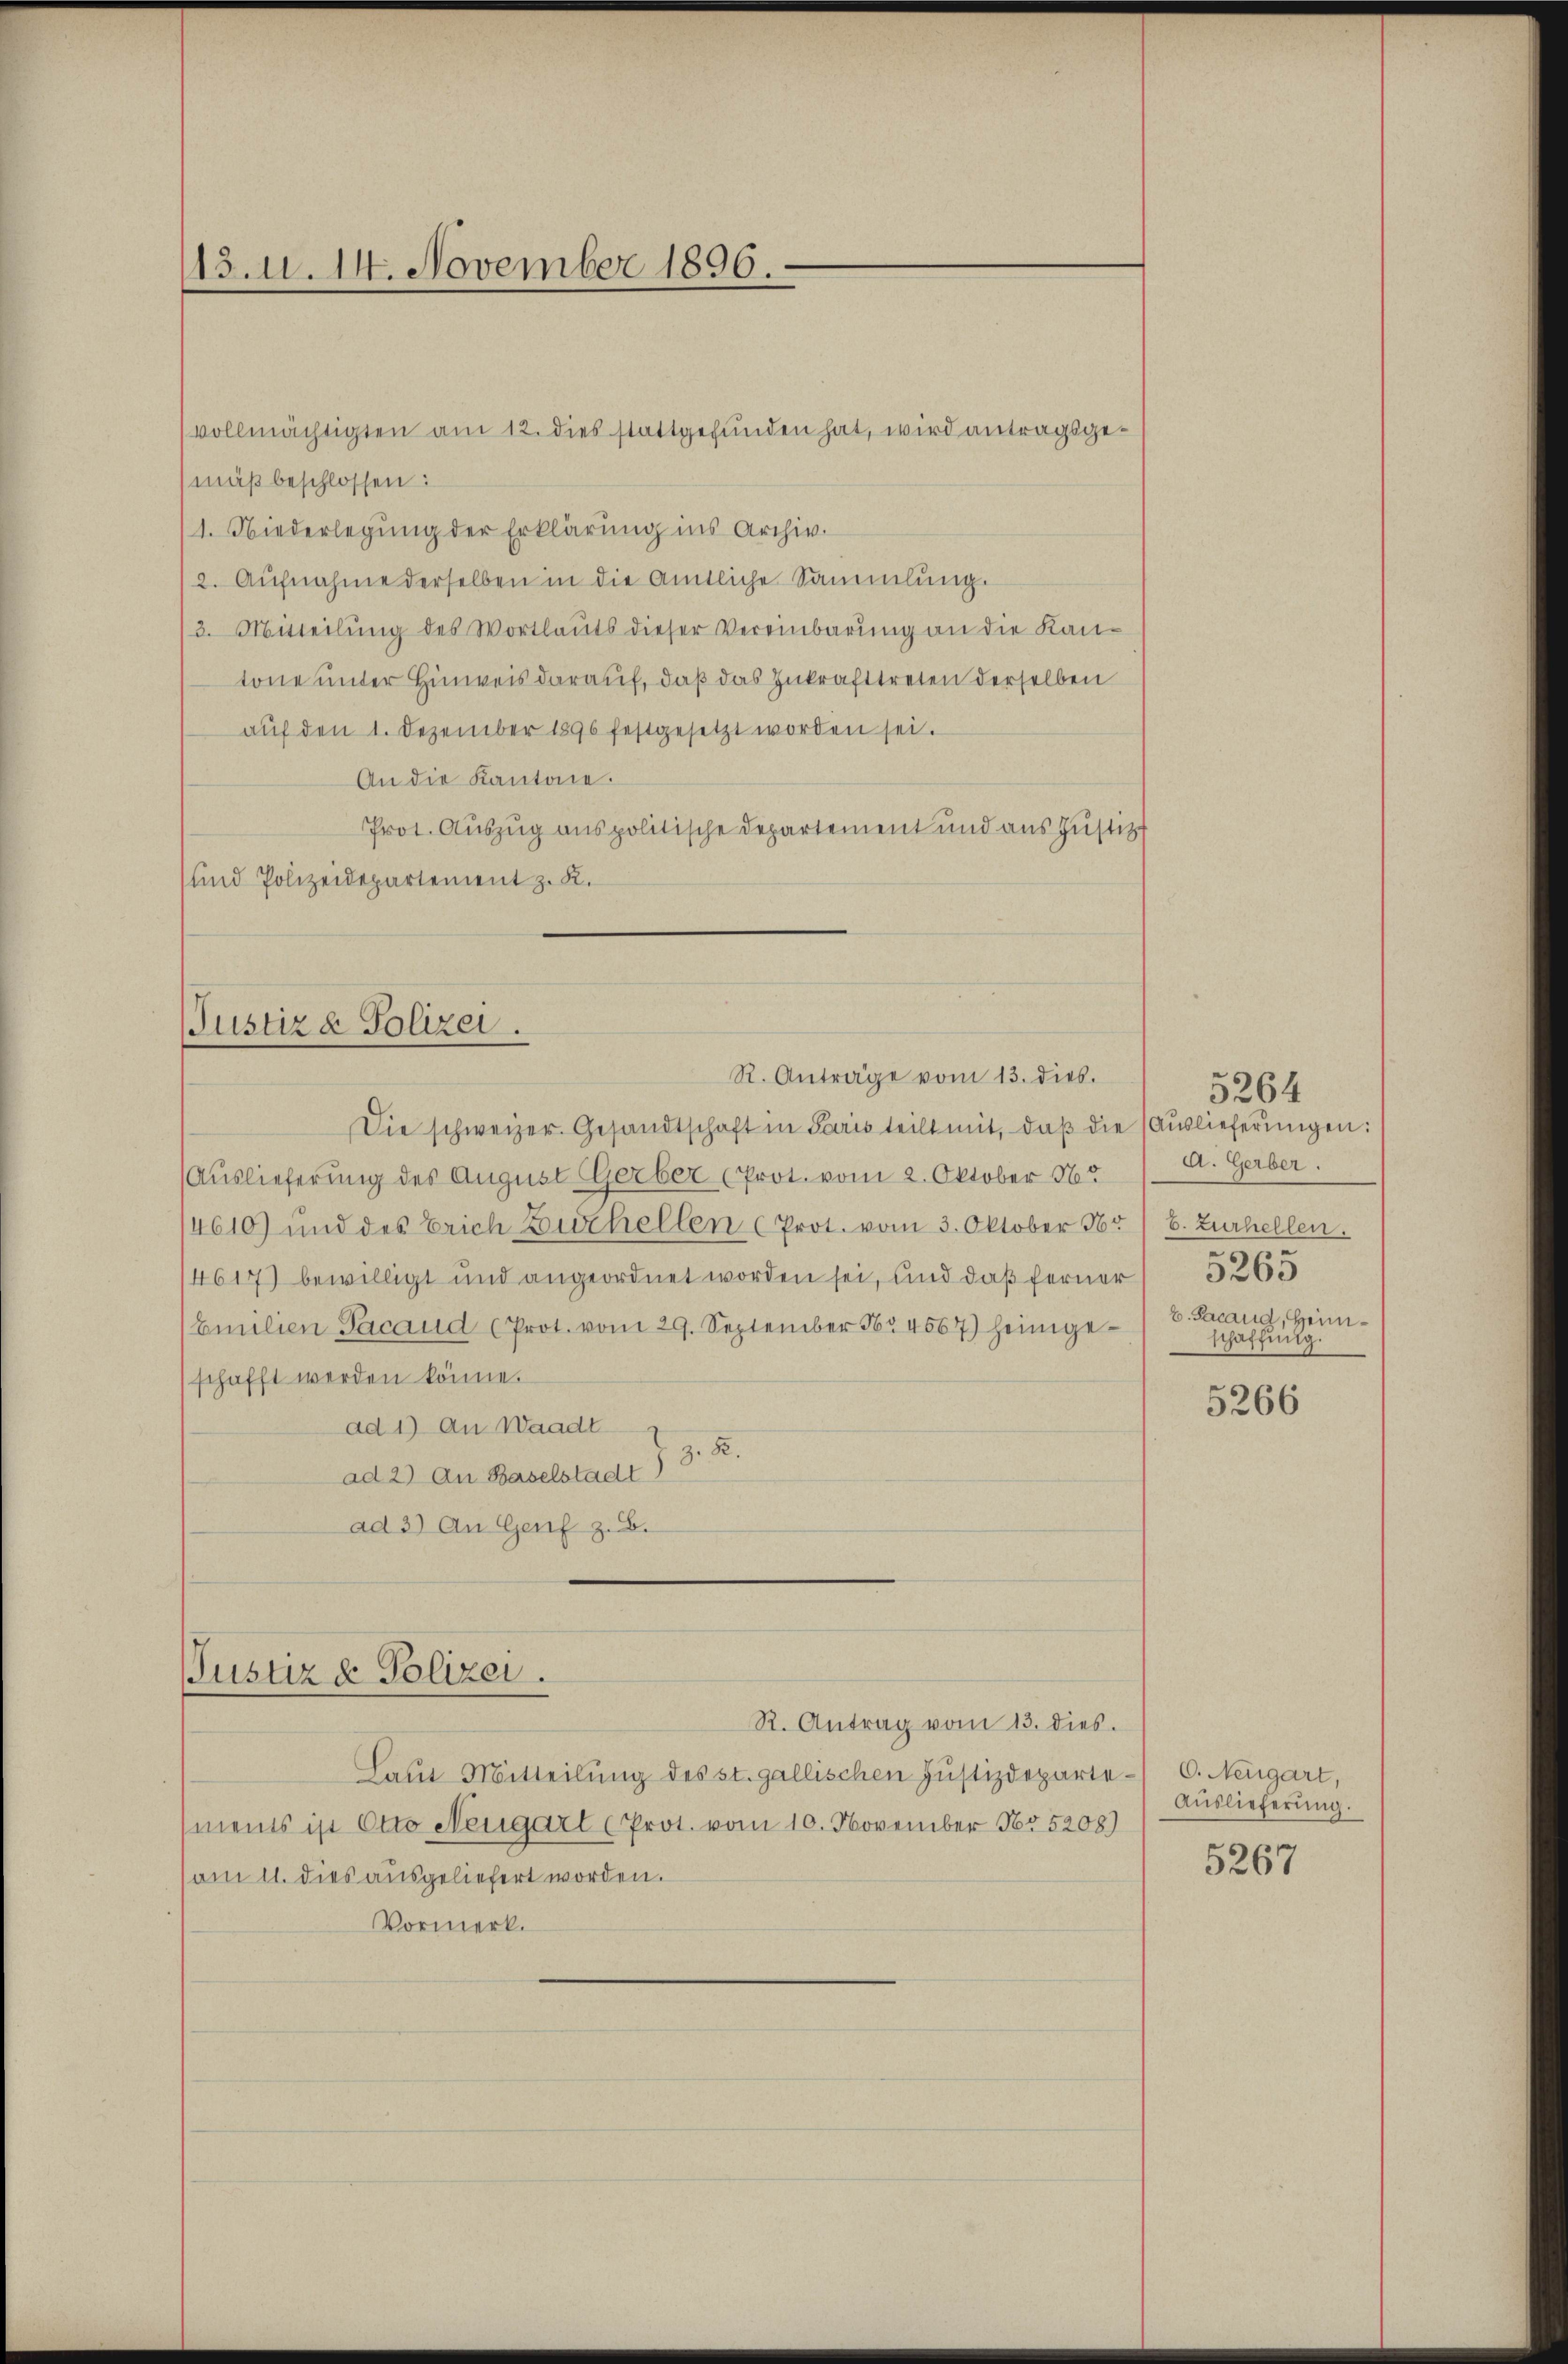
113. d. 14. November 1896.

mäß beschlossen:
1. Niederlegŭng der Erklärung ins Archiv.
2. Aufnahme derselben in die amtliche Sammlung.
/3. Mitteilung des Wortlauts dieser Vereinbarung an die Kantone unter Hinweis darauf, daß das Zukrafttreten derselben
aŭf den 1. Dezember 1890 festgesetzt worden sei.
An die Kantone.
Prot. Auszug aus politische Departement und aus Justiz
und Polizeidepartement z. K.

vollmächtigten am 12. dies stattgefunden hat, wird antragsge¬

Justiz & Polizei.
R. Anträge vom 13. dies.

Justiz & Polizei.

Laŭt Mitteilŭng des st. gallischen Justizdeparte- C. Neugart,
ments ist Otto Neugart (Prot. vom 10. November No 5208)
am 11. dies ausgeliefert worden.
Vormerk.

R. Antrag vom 13. dies.

Die schweizer. Gesandtschaft in Paris teilt mit, daβ die Auslieferungen:
(Auslieferung des August Gerber (Prot. vom 2. Oktober 1865 / A. Gerber.
4610) und des Erich Zuthellen (Prot. vom 3. Oktober 185/6. Zurhellen.
4617) bewilligt und angeordnet worden sei, und daß ferner 1526
Emilien Gacaud (Prot. vom 29. September 14567) heimgeschafft werden könne.
ad 1) An Waadt
z. B.
ad 2) an Baselstadt)
ad 3) An Genf z. B.

5264
b. Pacaud, Heimschaffung.

5266

Auslieferung.

5267